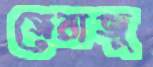
সেরাজু